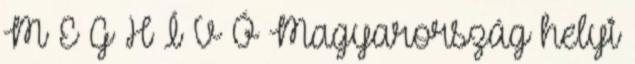
M E G H Í V Ó Magyarország helyi